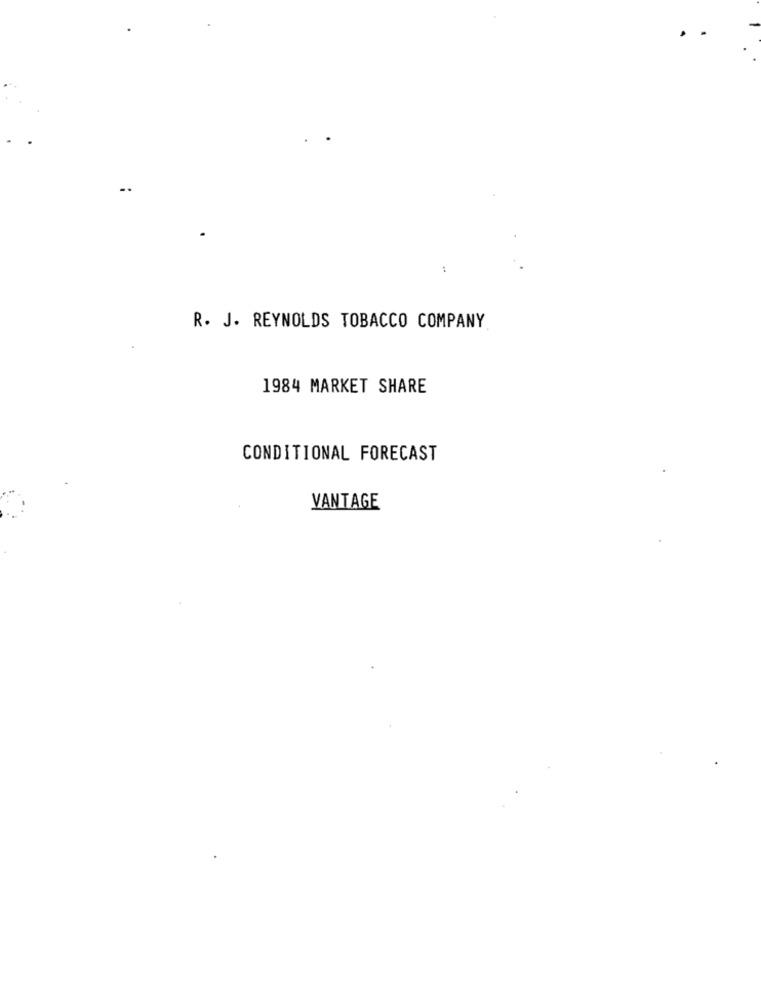
R. J. REYNOLDS TOBACCO COMPANY
1984 MARKET SHARE
CONDITIONAL FORECAST
VANTAGE